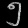
Digit: ၅